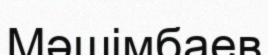
Мәшімбаев